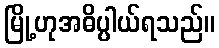
မြို့ဟုအဓိပ္ပါယ်ရသည်။